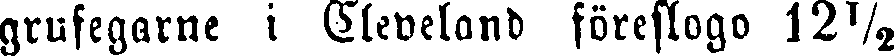
grufegarne i Cleveland föreslogo 12½